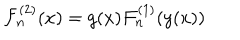
{ \cal F } _ { n } ^ { ( 2 ) } ( x ) = g ( x ) { \cal F } _ { n } ^ { ( 1 ) } ( y ( x ) )